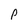
Character: P